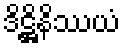
ဒိဋ္ဌိနိဿယံ